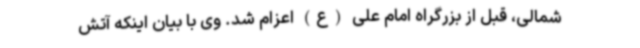
شمالی، قبل از بزرگراه امام علی (ع) اعزام شد. وی با بیان اینکه آتش